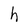
Character: h